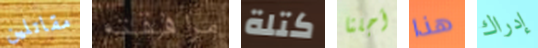
مقاتلين مرافقته كتلة أجلنا هذا إدراك